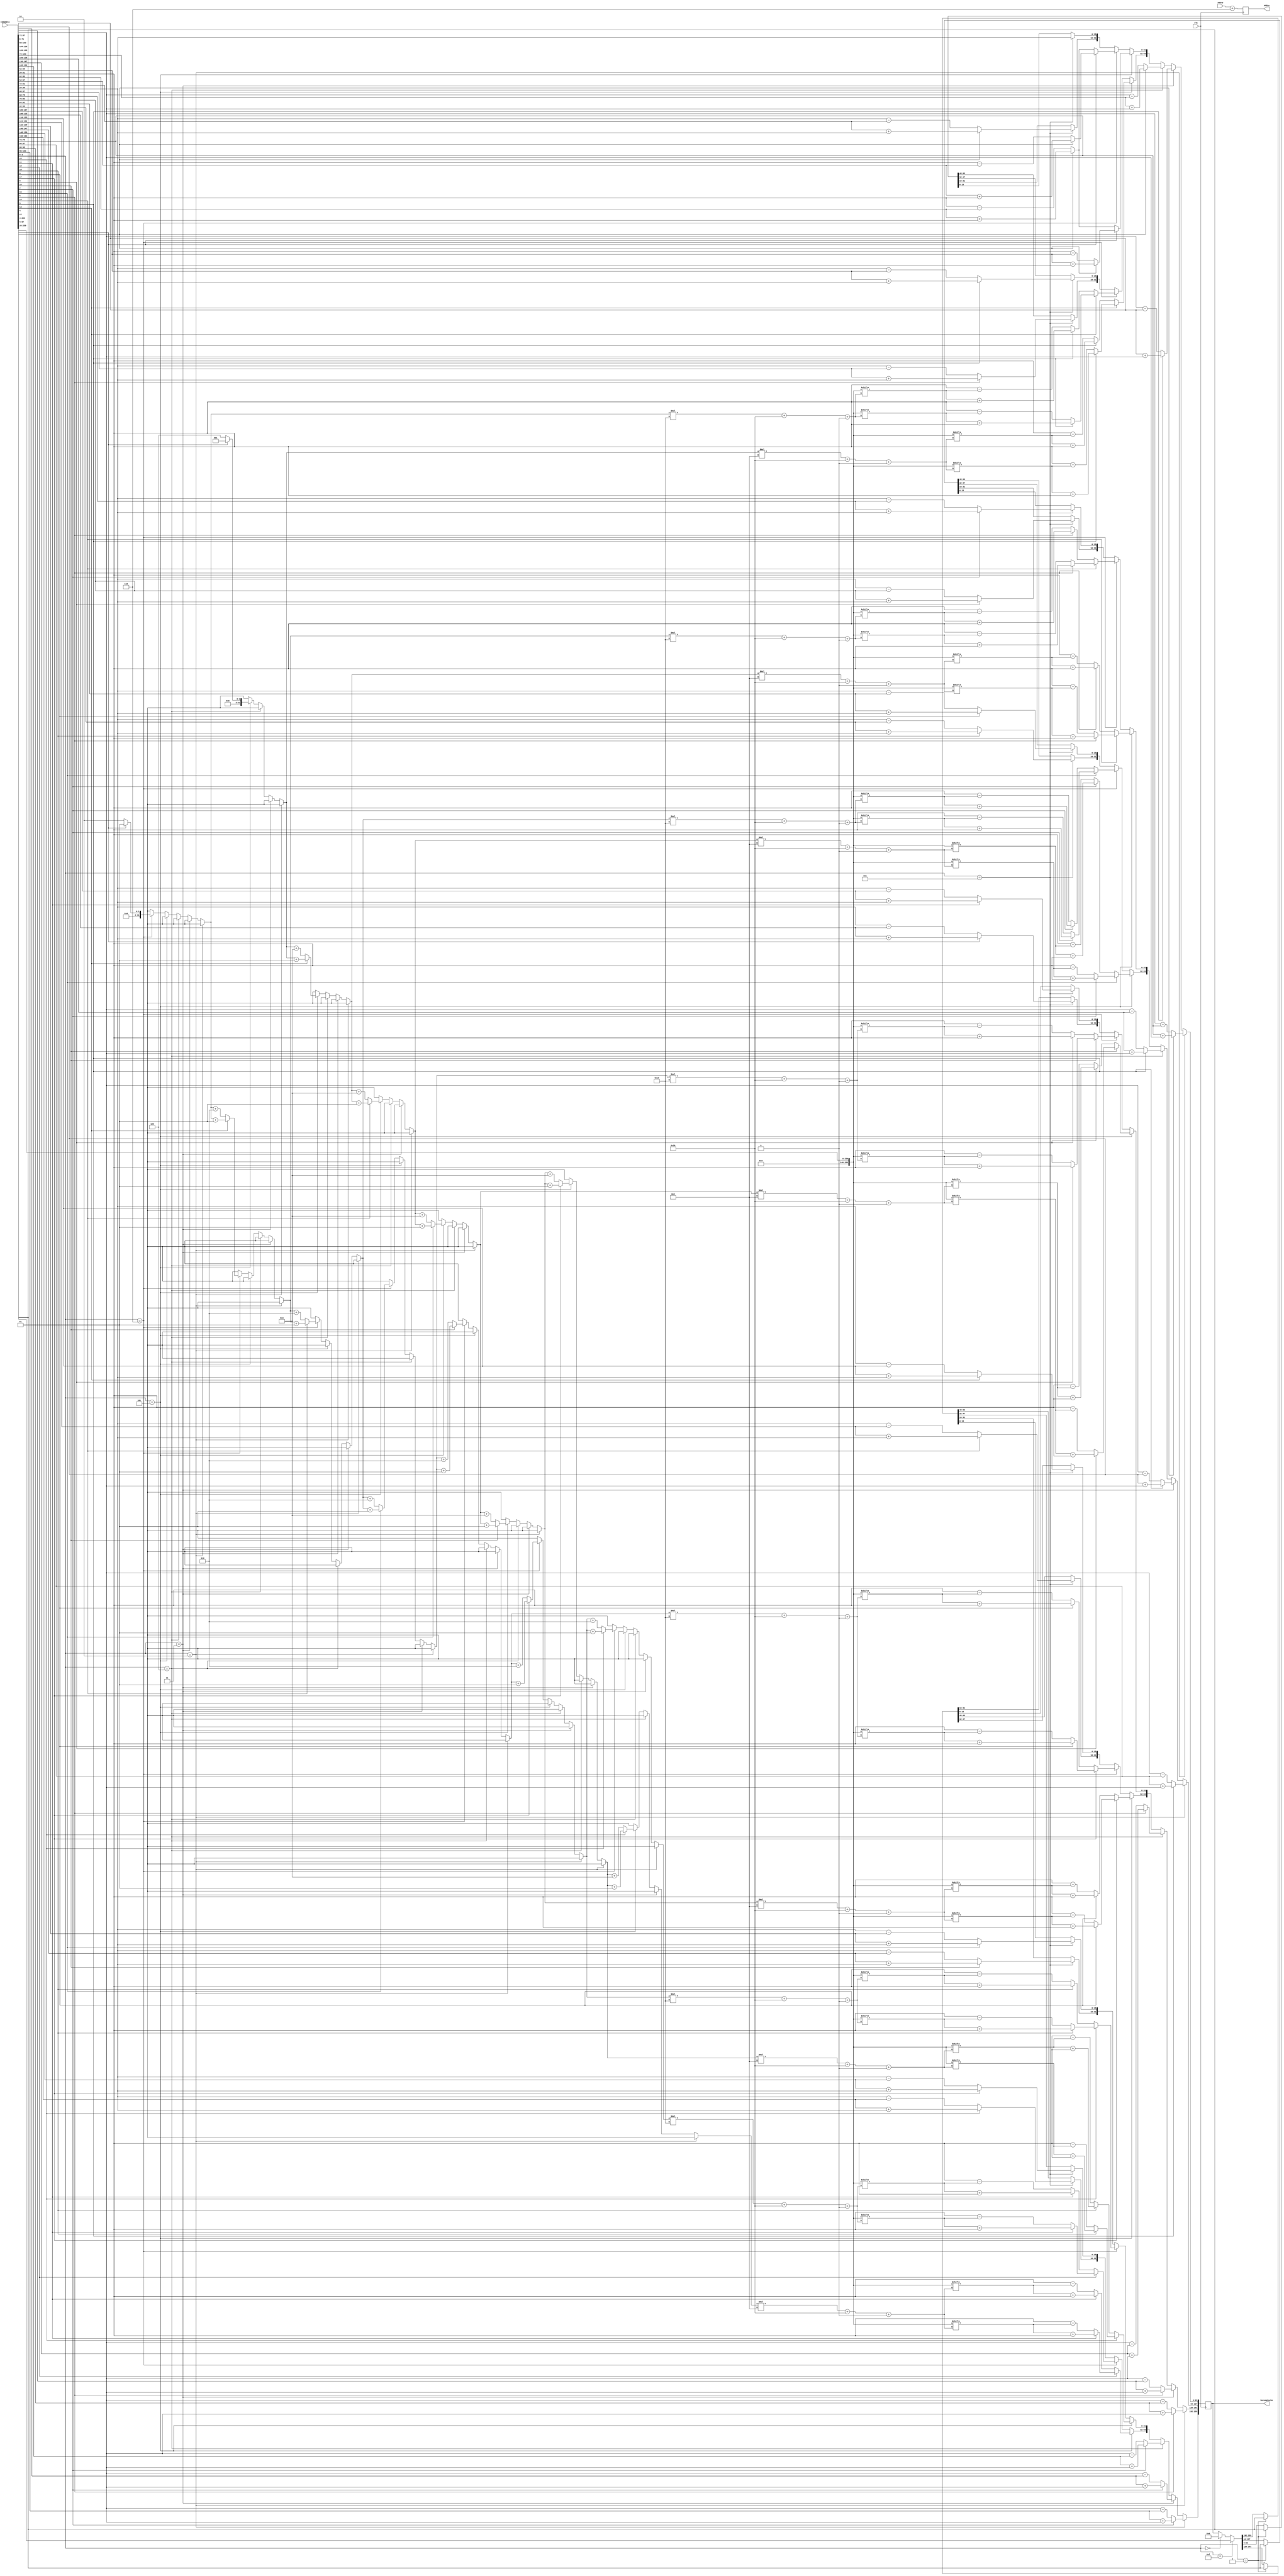
`timescale 1ns / 1ps
//////////////////////////////////////////////////////////////////////////////////
// Company: 
// Engineer: 
// 
// Design Name: 
// Module Name:    DecompressorUnit 
// Project Name: 
// Target Devices: 
// Tool versions: 
// Description: 
//
// Dependencies: 
//
// Revision: 
// Revision 0.01 - File Created
// Additional Comments: 
//
//////////////////////////////////////////////////////////////////////////////////
module DecompressorUnit(clk, Addrb,Addra, DecompCache, compdata);
input clk;
input [3:0] Addrb;
output [3:0] Addra;
output reg[255:0]DecompCache; 
input [259:0] compdata;


reg[259:0]CompCacheEn;
reg[255:0]CompCache;
reg [63:0]Base8;
reg [31:0]Base4;
reg [15:0]Base2;
reg [3:0]CoN;
reg [3:0]flag8;
reg [7:0]flag4,compstatus4;
reg [14:0]flag2;
integer len4;
reg [3:0] Addra;



always @ (posedge clk)
begin

Addra = Addrb +6;

CompCacheEn = compdata;
CoN = CompCacheEn[3:0];
//CompCache = 256'd0;
//$display("%d:CoN= %h , CompCache = %h",i,CoN,CompCache);


// Zeros
if(CoN==0)
begin
DecompCache = 256'd0;
$display("%h",DecompCache);
//$fdisplay(decompfile,"%h",DecompCache);
end

//BASE 8 DEL 1 BYTE
if(CoN==2)
begin
flag8 = CompCacheEn[7:4]; //4bits : 4,5,6,7
CompCache = CompCacheEn[259:8];
Base8 = CompCache[63:0]; //Base8


if (flag8[0] ==0)
DecompCache[63:0] = Base8 - CompCache[71:64];
else 
DecompCache[63:0] = CompCache[71:64]+ Base8 ;

if (flag8[1] ==0)
DecompCache[127:64] = Base8 - CompCache[79:72];
else 
DecompCache[127:64] = CompCache[79:72]+ Base8 ;

if (flag8[2] ==0)
DecompCache[191:128] = Base8 - CompCache[87:80];
else 
DecompCache[191:128] = CompCache[87:80]+ Base8 ;

if (flag8[3] ==0)
DecompCache[255:192] = Base8 - CompCache[95:88];
else 
DecompCache[255:192] = CompCache[95:88]+ Base8 ;

$display("%h",DecompCache);
//$fdisplay(decompfile,"%h",DecompCache);
end

//BASE 8 DEL 2 BYTES
else if(CoN==3)
begin
flag8 = CompCacheEn[7:4]; //4bits 
CompCache = CompCacheEn[259:8];
Base8 = CompCache[63:0]; //Base8

if(flag8[1]==1'b0)
DecompCache[63:0] = Base8 - CompCache[79:64];
else
DecompCache[63:0] = CompCache[79:64]+ Base8 ;

if(flag8[1]==1'b0)
DecompCache[127:64] = Base8 - CompCache[95:80];
else
DecompCache[127:64] = CompCache[95:80]+ Base8 ;

if(flag8[2]==1'b0)
DecompCache[191:128] = Base8 - CompCache[111:96];
else
DecompCache[191:128] = CompCache[111:96]+ Base8 ;

if(flag8[3]==1'b0)
DecompCache[255:192] = Base8 - CompCache[127:112];
else
DecompCache[255:192] = CompCache[127:112]+ Base8;

$display("%h",DecompCache);
//$fdisplay(decompfile,"%h",DecompCache);
end

//BASE 8 DEL 4 BYTES
else if(CoN==4)
begin
flag8 = CompCacheEn[7:4]; //3bits : 4,5,6
CompCache = CompCacheEn[259:8];
Base8 = CompCache[63:0]; //Base8


if(flag8[0]==1'b0)
DecompCache[63:0] = Base8 - CompCache[95:64];
else
DecompCache[63:0] = CompCache[95:64]+ Base8 ;

if(flag8[1]==1'b0)
DecompCache[127:64] = Base8 - CompCache[127:96];
else
DecompCache[127:64] = CompCache[127:96]+ Base8 ;

if(flag8[2]==1'b0)
DecompCache[191:128] = Base8 - CompCache[159:128];
else
DecompCache[191:128] = CompCache[159:128]+ Base8 ;

if(flag8[3]==1'b0)
DecompCache[255:192] = Base8 - CompCache[191:160];
else
DecompCache[255:192] = CompCache[191:160]+ Base8 ;

$display("%h",DecompCache);
//$fdisplay(decompfile,"%h",DecompCache);
end

//BASE 4 DEL 1 BYTE
else if(CoN==5)
begin
len4=0;
flag4 = CompCacheEn[11:4]; //8bits : 4,5,6,7,8,9,10,11
compstatus4 = CompCacheEn[19:12]; //8bits : 12,13,14,15,16,17,18,19
CompCache = CompCacheEn[259:20];
Base4 = CompCache[31:0]; //Base4

if(compstatus4[0]==1'b1)
begin
len4 =1;
if(flag4[0]==1'b0)
DecompCache[31:0] = Base4 - CompCache[39:32];
else 
DecompCache[31:0] = CompCache[39:32]+ Base4 ;
end

else
begin
len4 =4;
if(flag4[0]==1'b0)
DecompCache[31:0] = Base4 - CompCache[63:32];
else 
DecompCache[31:0] = CompCache[63:32]+ Base4 ;
end


if(compstatus4[1]==1'b1)
begin
if(flag4[1]==1'b0)
DecompCache[63:32] = Base4 - CompCache[((len4*8)+32)+: 8];
else 
DecompCache[63:32] = CompCache[((len4*8)+32)+: 8]+ Base4 ;
len4 = len4+1;
end

else
begin
//DecompCache[63:32] = CompCache[((len4*8)+32)+: 32];
if(flag4[1]==1'b0)
DecompCache[63:32] = Base4 - CompCache[((len4*8)+32)+: 32];
else 
DecompCache[63:32] = CompCache[((len4*8)+32)+: 32]+ Base4 ;
len4 = len4+4;
end


if(compstatus4[2]==1'b1)
begin
if(flag4[2]==1'b0)
DecompCache[95:64] = Base4 - CompCache[((len4*8)+32)+: 8];
else 
DecompCache[95:64] = CompCache[((len4*8)+32)+: 8]+ Base4 ;
len4 = len4+1;
end

else
begin
//DecompCache[95:64] = CompCache[((len4*8)+32)+: 32];
if(flag4[2]==1'b0)
DecompCache[95:64] = Base4 - CompCache[((len4*8)+32)+: 32];
else 
DecompCache[95:64] = CompCache[((len4*8)+32)+: 32]+ Base4 ;
len4 = len4+4;
end


if(compstatus4[3]==1'b1)
begin
if(flag4[3]==1'b0)
DecompCache[127:96] = Base4 - CompCache[((len4*8)+32)+: 8];
else 
DecompCache[127:96] = CompCache[((len4*8)+32)+: 8]+ Base4 ;
len4 = len4+1;
end

else
begin
//DecompCache[127:96] = CompCache[((len4*8)+32)+: 32];
if(flag4[3]==1'b0)
DecompCache[127:96] = Base4 - CompCache[((len4*8)+32)+: 32];
else 
DecompCache[127:96] = CompCache[((len4*8)+32)+: 32]+ Base4 ;
len4 = len4+4;
end


if(compstatus4[4]==1'b1)
begin
if(flag4[4]==1'b0)
DecompCache[159:128] = Base4 - CompCache[((len4*8)+32)+: 8];
else 
DecompCache[159:128] = CompCache[((len4*8)+32)+: 8]+ Base4 ;
len4 = len4+1;
end

else
begin
//DecompCache[159:128] = CompCache[((len4*8)+32)+: 32];
if(flag4[4]==1'b0)
DecompCache[159:128] = Base4 - CompCache[((len4*8)+32)+: 32];
else 
DecompCache[159:128] = CompCache[((len4*8)+32)+: 32]+ Base4 ;
len4 = len4+4;
end


if(compstatus4[5]==1'b1)
begin
if(flag4[5]==1'b0)
DecompCache[191:160] = Base4 - CompCache[((len4*8)+32)+: 8];
else 
DecompCache[191:160] = CompCache[((len4*8)+32)+: 8]+ Base4 ;
len4 = len4+1;
end

else
begin
//DecompCache[191:160] = CompCache[((len4*8)+32)+: 32];
if(flag4[5]==1'b0)
DecompCache[191:160] = Base4 - CompCache[((len4*8)+32)+: 32];
else 
DecompCache[191:160] = CompCache[((len4*8)+32)+: 32]+ Base4 ;
len4 = len4+4;
end


if(compstatus4[6]==1'b1)
begin
if(flag4[6]==1'b0)
DecompCache[223:192] = Base4 - CompCache[((len4*8)+32)+: 8];
else 
DecompCache[223:192] = CompCache[((len4*8)+32)+: 8]+ Base4 ;
len4 = len4+1;
end

else
begin
//DecompCache[223:192] = CompCache[((len4*8)+32)+: 32];
if(flag4[6]==1'b0)
DecompCache[223:192] = Base4 - CompCache[((len4*8)+32)+: 32];
else 
DecompCache[223:192] = CompCache[((len4*8)+32)+: 32]+ Base4 ;
len4 = len4+4;
end


if(compstatus4[7]==1'b1)
begin
if(flag4[7]==1'b0)
DecompCache[255:224] = Base4 - CompCache[((len4*8)+32)+: 8];
else 
DecompCache[255:224] = CompCache[((len4*8)+32)+: 8]+ Base4 ;
len4 = len4+1;
end

else
begin
//DecompCache[255:224] = CompCache[((len4*8)+32)+: 32];
if(flag4[7]==1'b0)
DecompCache[255:224] = Base4 - CompCache[((len4*8)+32)+: 32];
else 
DecompCache[255:224] = CompCache[((len4*8)+32)+: 32]+ Base4 ;
len4 = len4+4;
end


$display("%h",DecompCache);
//$fdisplay(decompfile,"%h",DecompCache);
end

//BASE 4 DEL 2 BYTES
else if(CoN==6)
begin
len4=0;
flag4 = CompCacheEn[11:4]; //8bits : 4,5,6,7,8,9,10,11
compstatus4 = CompCacheEn[19:12]; //8bits : 12,13,14,15,16,17,18,19
CompCache = CompCacheEn[259:20];
Base4 = CompCache[31:0]; //Base4


if(compstatus4[0]==1'b1)
begin
len4 =1; //no. of 16 bits
if(flag4[0]==1'b0)
DecompCache[31:0] = Base4 - CompCache[47:32];
else 
DecompCache[31:0] = CompCache[47:32]+ Base4 ;
end

else
begin
//DecompCache[31:0] = CompCache[63:32];
len4 =2;
if(flag4[0]==1'b0)
DecompCache[31:0] = Base4 - CompCache[63:32];
else 
DecompCache[31:0] = CompCache[63:32]+ Base4 ;
end


if(compstatus4[1]==1'b1)
begin
if(flag4[1]==1'b0)
DecompCache[63:32] = Base4 - CompCache[((len4*16)+32)+: 16];
else 
DecompCache[63:32] = CompCache[((len4*16)+32)+: 16]+ Base4 ;
len4 = len4+1;
end

else
begin
//DecompCache[63:32] = CompCache[((len4*16)+32)+: 32];
if(flag4[1]==1'b0)
DecompCache[63:32] = Base4 - CompCache[((len4*16)+32)+: 32];
else 
DecompCache[63:32] = CompCache[((len4*16)+32)+: 32]+ Base4 ;
len4 = len4+2;
end


if(compstatus4[2]==1'b1)
begin
if(flag4[2]==1'b0)
DecompCache[95:64] = Base4 - CompCache[((len4*16)+32)+: 16];
else 
DecompCache[95:64] = CompCache[((len4*16)+32)+: 16]+ Base4 ;
len4 = len4+1;
end

else
begin
//DecompCache[95:64] = CompCache[((len4*16)+32)+: 32];
if(flag4[2]==1'b0)
DecompCache[95:64] = Base4 - CompCache[((len4*16)+32)+: 32];
else 
DecompCache[95:64] = CompCache[((len4*16)+32)+: 32]+ Base4 ;
len4 = len4+2;
end


if(compstatus4[3]==1'b1)
begin
if(flag4[3]==1'b0)
DecompCache[127:96] = Base4 - CompCache[((len4*16)+32)+: 16];
else 
DecompCache[127:96] = CompCache[((len4*16)+32)+: 16]+ Base4 ;
len4 = len4+1;
end

else
begin
//DecompCache[127:96] = CompCache[((len4*16)+32)+: 32];
if(flag4[3]==1'b0)
DecompCache[127:96] = Base4 - CompCache[((len4*16)+32)+: 32];
else 
DecompCache[127:96] = CompCache[((len4*16)+32)+: 32]+ Base4 ;
len4 = len4+2;
end


if(compstatus4[4]==1'b1)
begin
if(flag4[4]==1'b0)
DecompCache[159:128] = Base4 - CompCache[((len4*16)+32)+: 16];
else 
DecompCache[159:128] = CompCache[((len4*16)+32)+: 16]+ Base4 ;
len4 = len4+1;
end

else
begin
//DecompCache[159:128] = CompCache[((len4*16)+32)+: 32];
if(flag4[4]==1'b0)
DecompCache[159:128] = Base4 - CompCache[((len4*16)+32)+: 32];
else 
DecompCache[159:128] = CompCache[((len4*16)+32)+: 32]+ Base4 ;
len4 = len4+2;
end


if(compstatus4[5]==1'b1)
begin
if(flag4[5]==1'b0)
DecompCache[191:160] = Base4 - CompCache[((len4*16)+32)+: 16];
else 
DecompCache[191:160] = CompCache[((len4*16)+32)+: 16]+ Base4 ;
len4 = len4+1;
end

else
begin
//DecompCache[191:160] = CompCache[((len4*16)+32)+: 32];
if(flag4[5]==1'b0)
DecompCache[191:160] = Base4 - CompCache[((len4*16)+32)+: 32];
else 
DecompCache[191:160] = CompCache[((len4*16)+32)+: 32]+ Base4 ;
len4 = len4+2;
end


if(compstatus4[6]==1'b1)
begin
if(flag4[6]==1'b0)
DecompCache[223:192] = Base4 - CompCache[((len4*16)+32)+: 16];
else 
DecompCache[223:192] = CompCache[((len4*16)+32)+: 16]+ Base4 ;
len4 = len4+1;
end

else
begin
//DecompCache[223:192] = CompCache[((len4*16)+32)+: 32];
if(flag4[6]==1'b0)
DecompCache[223:192] = Base4 - CompCache[((len4*16)+32)+: 32];
else 
DecompCache[223:192] = CompCache[((len4*16)+32)+: 32]+ Base4 ;
len4 = len4+2;
end


if(compstatus4[7]==1'b1)
begin
if(flag4[7]==1'b0)
DecompCache[255:224] = Base4 - CompCache[((len4*16)+32)+: 16];
else 
DecompCache[255:224] = CompCache[((len4*16)+32)+: 16]+ Base4 ;
len4 = len4+1;
end

else
begin
//DecompCache[255:224] = CompCache[((len4*16)+32)+: 32];
if(flag4[7]==1'b0)
DecompCache[255:224] = Base4 - CompCache[((len4*16)+32)+: 32];
else 
DecompCache[255:224] = CompCache[((len4*16)+32)+: 32]+ Base4 ;
len4 = len4+2;
end

$display("////CoN5 %h",DecompCache);
//$fdisplay(decompfile,"%h",DecompCache);
end


//BASE 2 DEL 1 BYTE
else if(CoN==7)
begin
flag2 = CompCacheEn[19:4]; 
//16 bits : 4,5,6,7,8,9,10,11,12,13,14,15,16,17,18,19
CompCache = CompCacheEn[259:20];
Base2  = CompCache[15:0]; //Base2

DecompCache[15:0] = Base2;
if(flag2[0]==1'b0) 
DecompCache[31:16] = Base2 - CompCache[31:24];
else 
DecompCache[31:16] = CompCache[31:24]+ Base2 ;

if(flag2[1]==1'b0)
DecompCache[47:32] = Base2 - CompCache[39:32];
else 
DecompCache[47:32] = CompCache[39:32]+ Base2 ;

if(flag2[2]==1'b0)
DecompCache[63:48] = Base2 - CompCache[47:40];
else 
DecompCache[63:48] = CompCache[47:40]+ Base2 ;

if(flag2[3]==1'b0)
DecompCache[79:64] = Base2 - CompCache[55:48];
else 
DecompCache[79:64] = CompCache[55:48]+ Base2 ;

if(flag2[4]==1'b0)
DecompCache[95:80] = Base2 - CompCache[63:56];
else 
DecompCache[95:80] = CompCache[63:56]+ Base2 ;

if(flag2[5]==1'b0)
DecompCache[111:96] = Base2 - CompCache[71:64];
else 
DecompCache[111:96] = CompCache[71:64]+ Base2 ;

if(flag2[6]==1'b0)
DecompCache[127:112] = Base2 - CompCache[79:72];
else 
DecompCache[127:112] = CompCache[79:72]+ Base2 ;

if(flag2[7]==1'b0)
DecompCache[143:128] = Base2 - CompCache[87:80];
else 
DecompCache[143:128] = CompCache[87:80]+ Base2 ;

if(flag2[8]==1'b0)
DecompCache[159:144] = Base2 - CompCache[95:88];
else 
DecompCache[159:144] = CompCache[95:88]+ Base2 ;

if(flag2[9]==1'b0)
DecompCache[175:160] = Base2 - CompCache[103:96];
else 
DecompCache[175:160] = CompCache[103:96]+ Base2 ;

if(flag2[10]==1'b0)
DecompCache[191:176] = Base2 - CompCache[111:104];
else 
DecompCache[191:176] = CompCache[111:104]+ Base2 ;

if(flag2[11]==1'b0)
DecompCache[207:192] = Base2 - CompCache[119:112];
else 
DecompCache[207:192] = CompCache[119:112]+ Base2 ;

if(flag2[12]==1'b0)
DecompCache[223:208] = Base2 - CompCache[127:120];
else 
DecompCache[223:208] = CompCache[127:120]+ Base2 ;

if(flag2[13]==1'b0)
DecompCache[239:224] = Base2 - CompCache[135:128];
else 
DecompCache[239:224] = CompCache[135:128]+ Base2 ;

if(flag2[14]==1'b0)
DecompCache[255:240] = Base2 - CompCache[143:136];
else 
DecompCache[255:240] = CompCache[143:136]+ Base2 ;

$display("%h",DecompCache);
//$fdisplay(decompfile,"%h",DecompCache);
end

//Repeated Values 8bytes
else if(CoN==1)
begin
CompCache = CompCacheEn[259:4];
Base8 = CompCache[63:0]; //Base8
DecompCache[63:0] = Base8;
DecompCache[127:64] = Base8;
DecompCache[191:128] = Base8;
DecompCache[255:192] = Base8;
$display("%h",DecompCache);
//$fdisplay(decompfile,"%h",DecompCache);
end

//uncompressed
else if(CoN==15)
begin 
DecompCache = CompCacheEn[259:4];
$display("%h",DecompCache);
//$fdisplay(decompfile,"%h",DecompCache);
end

/*Repeated Values 4bytes
else if(CoN==9)
begin
CompCache = CompCacheEn[259:4];
Base4 = CompCache[31:0]; //Base8
DecompCache[31:0] =Base4 ;
DecompCache[63:32] =Base4 ;
DecompCache[95:64] =Base4 ;
DecompCache[127:96] =Base4 ;
DecompCache[159:128] =Base4 ;
DecompCache[191:160] =Base4 ;
DecompCache[223:192] =Base4 ;
DecompCache[255:224] =Base4 ;

$display("%h",DecompCache);
$fdisplay(decompfile,"%h",DecompCache);
end*/

 //for
end //always
endmodule




/*module DecompUnit_TB;

	// Inputs
	reg clk;

	// Outputs
	wire [255:0] DecompCache;

	// Instantiate the Unit Under Test (UUT)
	DecompressorUnit uut (
		.clk(clk), 
		.DecompCache(DecompCache)
	);

	initial begin
		// Initialize Inputs
		clk = 0;
	end
	
 always
#5 clk = ~clk;
initial #10 $finish;
     
endmodule
*/